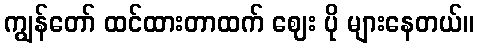
ကျွန်တော် ထင်ထားတာထက် ဈေး ပို များနေတယ်။